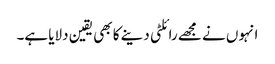
انہوں نے مجھے رائلٹی دینے کا بھی یقین دلایا ہے۔